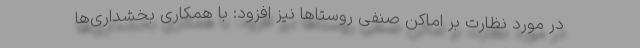
در مورد نظارت بر اماکن صنفی روستاها نیز افزود: با همکاری بخشداری‌ها